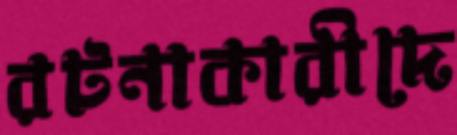
রটনাকারীদে